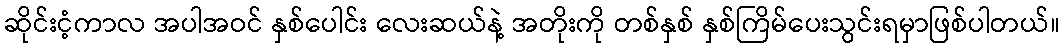
ဆိုင်းငံ့ကာလ အပါအဝင် နှစ်ပေါင်း လေးဆယ်နဲ့ အတိုးကို တစ်နှစ် နှစ်ကြိမ်ပေးသွင်းရမှာဖြစ်ပါတယ်။